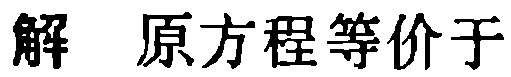
解 原方程等价于